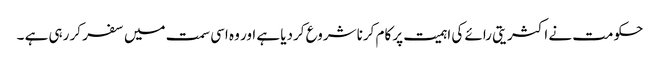
حکومت نے اکثریتی رائے کی اہمیت پر کام کرنا شروع کردیا ہے اور وہ اسی سمت میں سفر کر رہی ہے ۔